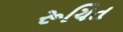
રૂચિત